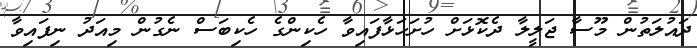
ދައުލަތުން މޫސާ ޖަލީލާ ދެކޮޅަށް ހުށަހަޅާފައިވާ ހެކިންގެ ހެކިބަސް ނެގުން މިއަދު ނިފައިވާ